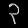
Digit: ၃